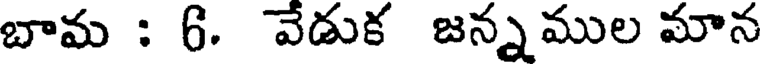
బామ : 6. వేడుక జన్నముల మాన